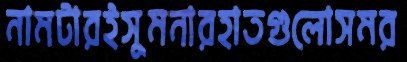
নামটারইসুমনারহাতগুলোসমর